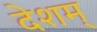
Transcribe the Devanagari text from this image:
देशम्‌